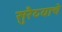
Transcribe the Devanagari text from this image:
सुरैय्याचे